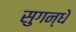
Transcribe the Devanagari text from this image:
सुगन्धे